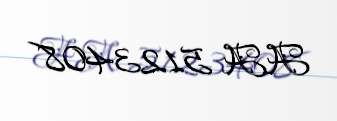
AA 5123408